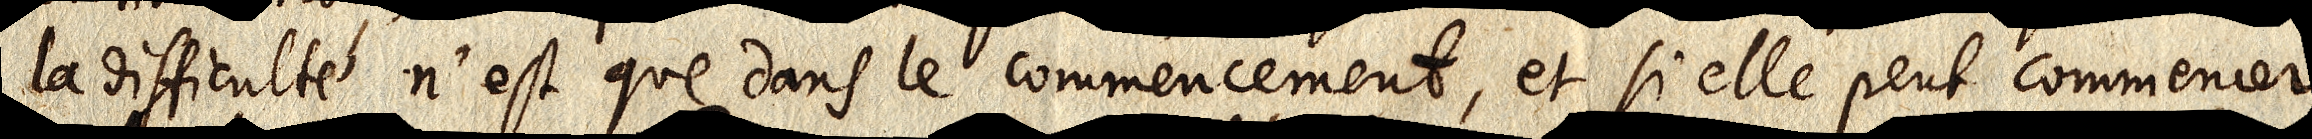
la difficulté n’est que dans le commencement, et si elle peut commencer